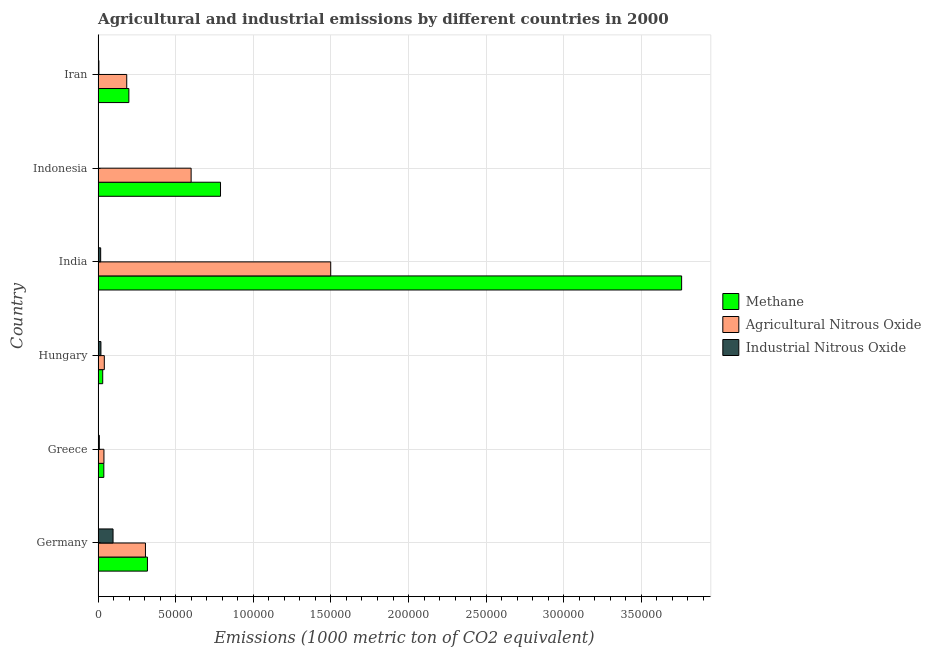
| Country | Methane | Agricultural Nitrous Oxide | Industrial Nitrous Oxide |
 | --- | --- | --- | --- |
 | Germany | 3.18e+04 | 3.05e+04 | 9.62e+03 |
 | Greece | 3.68e+03 | 3.75e+03 | 771 |
 | Hungary | 2.96e+03 | 4e+03 | 1.81e+03 |
 | India | 3.76e+05 | 1.5e+05 | 1.64e+03 |
 | Indonesia | 7.89e+04 | 5.99e+04 | 176 |
 | Iran | 1.98e+04 | 1.84e+04 | 499 |